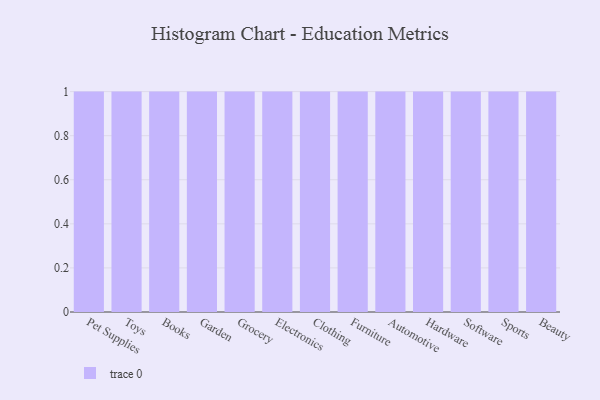
{"axis": {"x": "Category", "y": "LTV (USD)"}, "legend": [""], "data": [{"x": "Pet Supplies", "y": 74, "type": ""}, {"x": "Toys", "y": 49, "type": ""}, {"x": "Books", "y": 12, "type": ""}, {"x": "Garden", "y": 88, "type": ""}, {"x": "Grocery", "y": 47, "type": ""}, {"x": "Electronics", "y": 75, "type": ""}, {"x": "Clothing", "y": 100, "type": ""}, {"x": "Furniture", "y": 21, "type": ""}, {"x": "Automotive", "y": 40, "type": ""}, {"x": "Hardware", "y": 43, "type": ""}, {"x": "Software", "y": 57, "type": ""}, {"x": "Sports", "y": 6, "type": ""}, {"x": "Beauty", "y": 42, "type": ""}]}